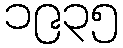
၁၉၃၅